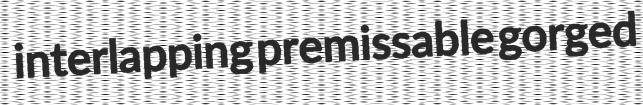
interlapping premissable gorged